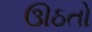
ઊઠતો